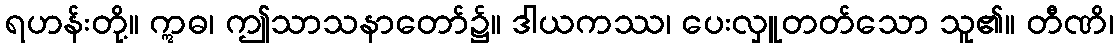
ရဟန်းတို့။ ဣဓ၊ ဤသာသနာတော်၌။ ဒါယကဿ၊ ပေးလှူတတ်သော သူ၏။ တီဏိ၊